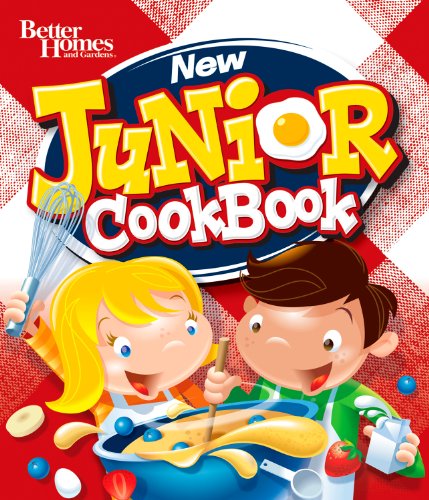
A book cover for Better Homes and Gardens New Junior Cook Book (Better Homes and Gardens Cooking); Better Homes and Gardens; Cookbooks, Food & Wine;